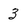
Character: 3